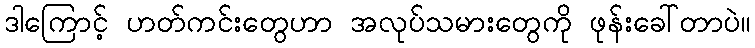
ဒါကြောင့် ဟတ်ကင်းတွေဟာ အလုပ်သမားတွေကို ဖုန်းခေါ်တာပဲ။